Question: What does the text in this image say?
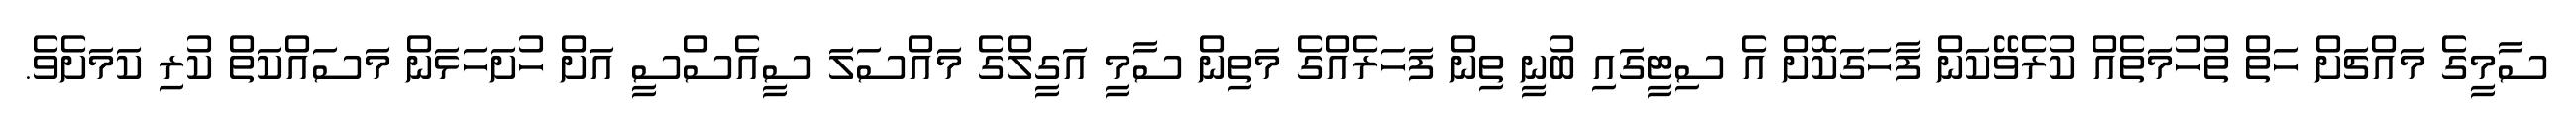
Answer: ސާމީގެ މައްޗަށް ހަތް ތުހުމަތެއް ކުރެވޭކަން ފާހަގަކޮށް އެ ސިޓީގައި ބުނީ ތިން ފަހަރެއްގެ މަތިން ސާމީ އަގީލްގެ މައްސަލަ ސީއެސްސީ އަށް ހުށަހަޅަން މަސައްކަތް ކުރި ކަމަށެވެ.